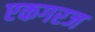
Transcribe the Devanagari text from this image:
एकगरज